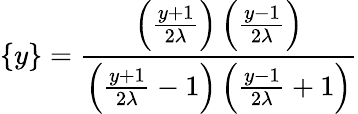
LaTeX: \{ y\} =\frac{\left(\frac{y+1}{2\lambda}\right)\left(\frac{y-1}{2\lambda}\right)}{\left(\frac{y+1}{2\lambda}-1\right)\left(\frac{y-1}{2\lambda}+1\right)}